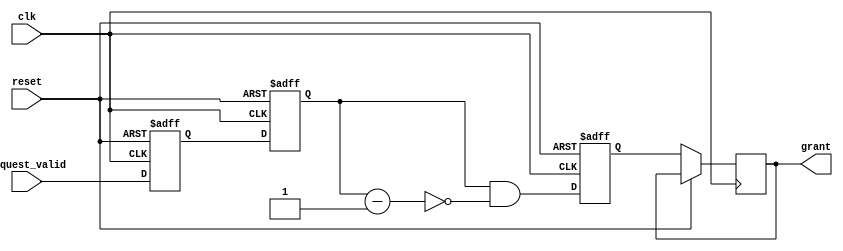
module RandomArbiter (
  input wire clk,
  input wire reset,
  input wire [N-1:0] request_valid,
  output reg [N-1:0] grant
);

parameter N = 4; // Number of input requests

reg [N-1:0] request_sync;
reg [N-1:0] request_sync_delay;
reg [N-1:0] selected_request;

always @(posedge clk or posedge reset) begin
  if (reset) begin
    request_sync <= 0;
    request_sync_delay <= 0;
    selected_request <= 0;
  end else begin
    request_sync <= request_valid;
    request_sync_delay <= request_sync;
    
    // Synchronize delay by one clock cycle
    request_sync_delay <= request_sync;
    
    // Generate a random selection
    selected_request <= request_sync_delay & ~(request_sync_delay - 1);
    
    // Assign grant to the selected request
    grant <= selected_request;
  end
end

endmodule